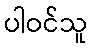
ပါဝင်သူ